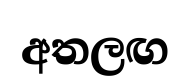
අතලඟ